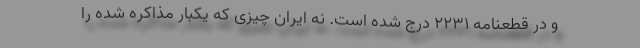
و در قطعنامه ۲۲۳۱ درج شده است. نه ایران چیزی که یکبار مذاکره شده را